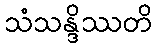
သံသန္ဒိဿတိ